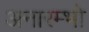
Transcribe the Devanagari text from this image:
अनारम्भो